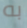
به